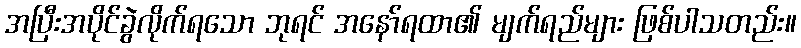
အပြီးအပိုင်ခွဲလိုက်ရသော ဘုရင် အနော်ရထာ၏ မျက်ရည်များ ဖြစ်ပါသတည်း။